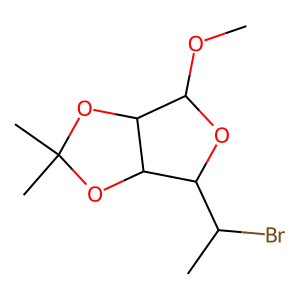
SMILES: COC1OC(C(C)Br)C2OC(C)(C)OC12
Inhibits HIV replication: No